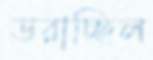
ডরাচ্ছিল